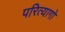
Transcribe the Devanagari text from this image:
परित्यागो